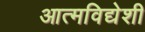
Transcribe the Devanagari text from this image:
आत्मविद्येशी